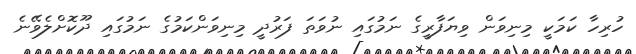
ހުރިހާ ކަމަކީ މިނިވަން ވިޔަފާރީގެ ނަމުގައި ނުވަތަ ފަރުދީ މިނިވަންކަމުގެ ނަމުގައި ދޫކޮށްލެވޭނެ